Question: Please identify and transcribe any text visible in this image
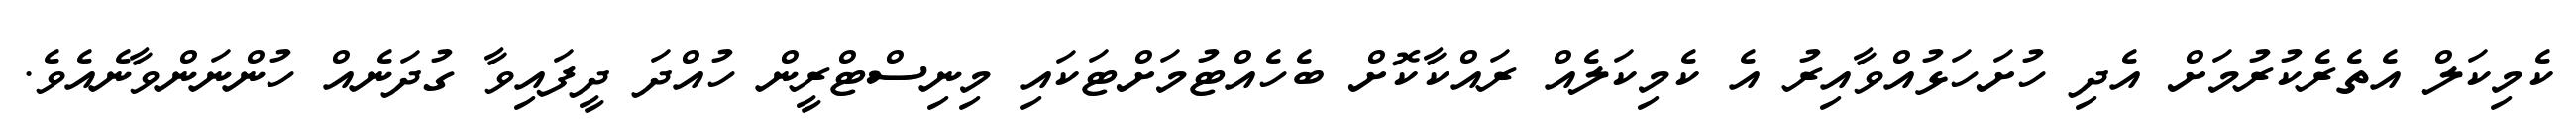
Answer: ކެމިކަލް އެތެރެކުރުމަށް އެދި ހުށަހަޅުއްވާއިރު އެ ކެމިކަލެއް ރައްކާކޮށް ބެހެއްޓުމަށްޓަކައި މިނިސްޓްރީން ހުއްދަ ދީފައިވާ ގުދަނެއް ހުންނަންވާނެއެވެ.